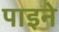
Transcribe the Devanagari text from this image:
पाइने